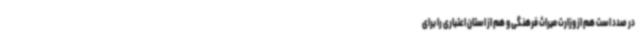
در صدد است هم از وزارت میراث فرهنگی و هم از استان اعتباری را برای